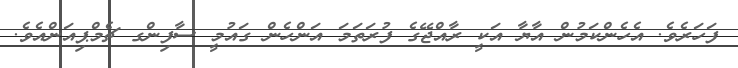
ފަހަރެވެ. އެހެންކަމުން އާޔާ އަކީ ރާއްޖޭގެ ފުރަތަމަ އަންހެން ގައުމީ ސާފިންގ ޗެމްޕިއަންއެވެ.